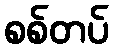
စစ်တပ်